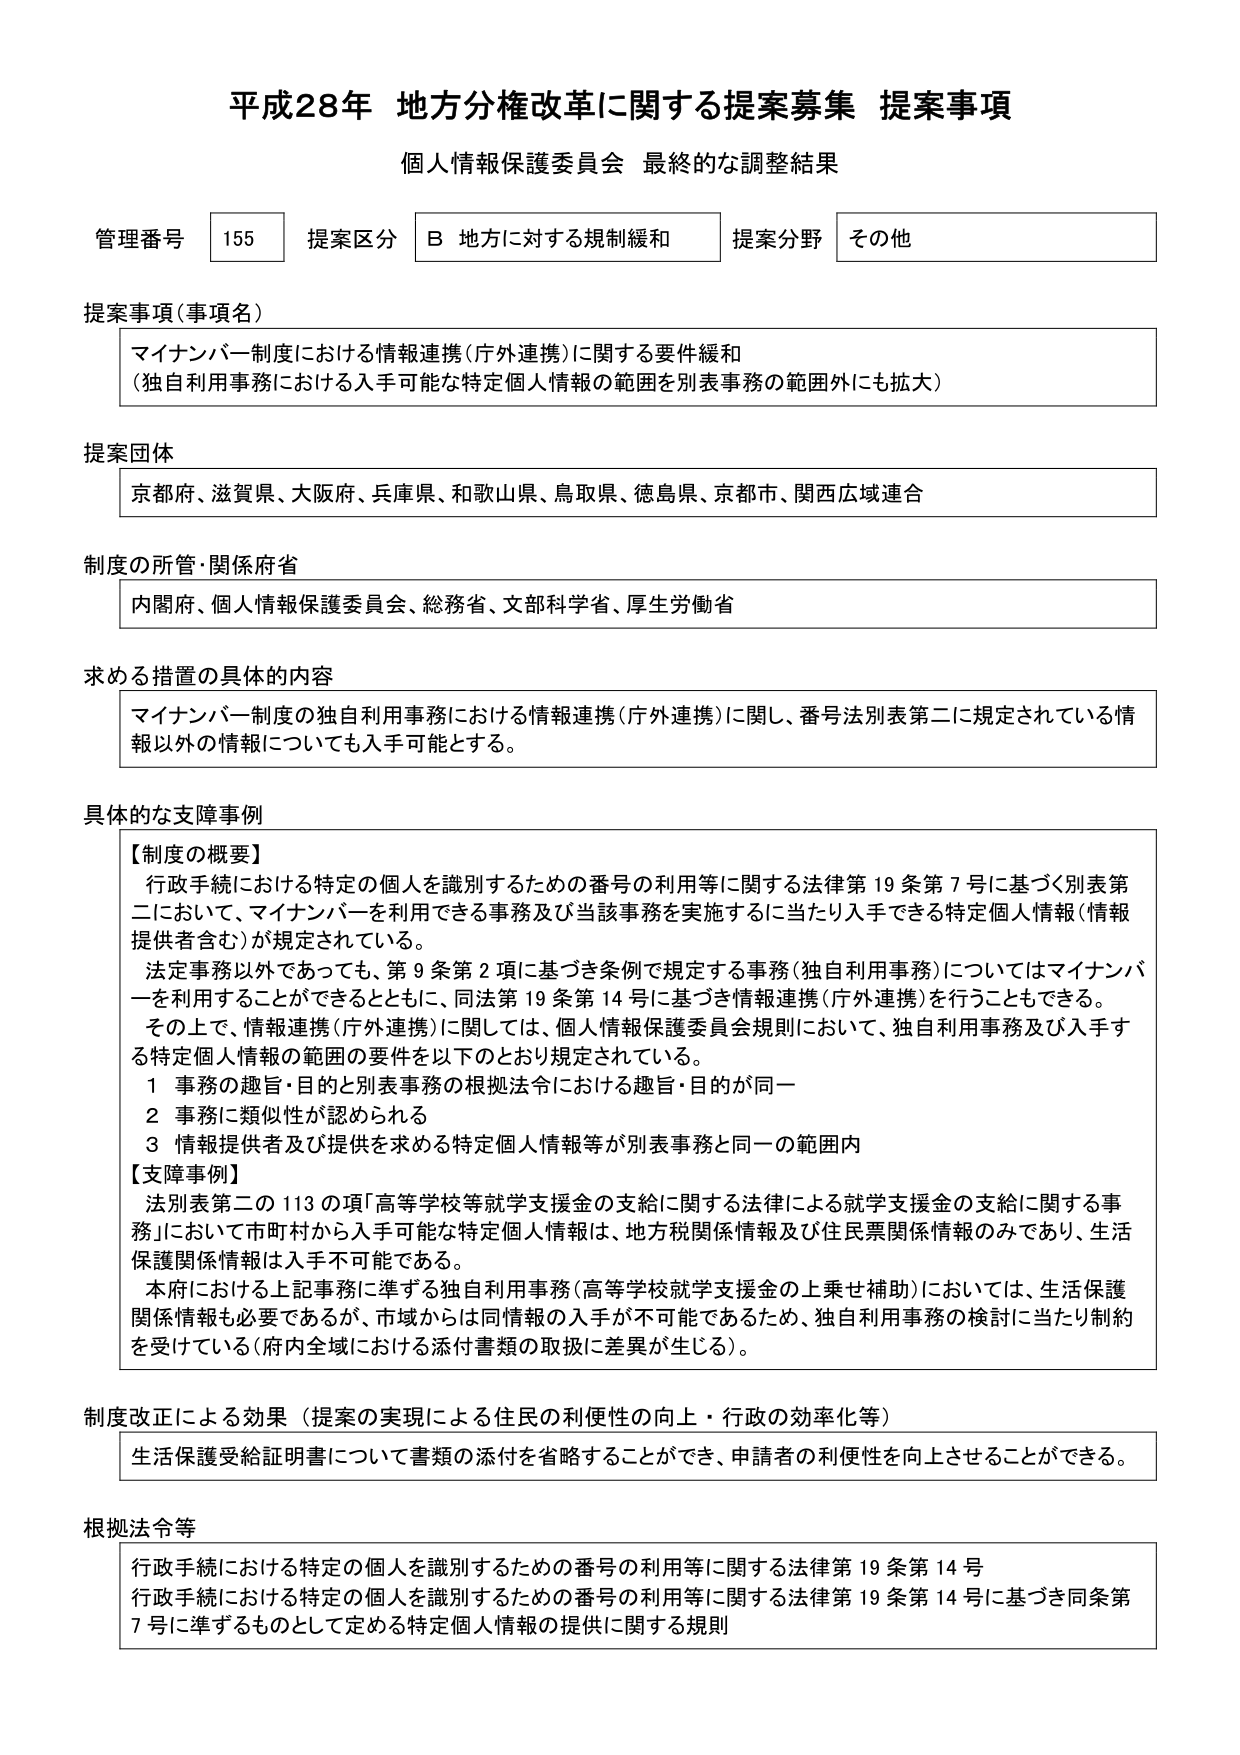
平成28年 地方分権改革に関する提案募集 提案事項
個人情報保護委員会 最終的な調整結果

管理番号 155 提案区分 B 地方に対する規制緩和 提案分野 その他

提案事項（事項名）
マイナンバー制度における情報連携（庁外連携）に関する要件緩和
（独自利用事務における入手可能な特定個人情報の範囲を別表事務の範囲外にも拡大）

提案団体
京都府、滋賀県、大阪府、兵庫県、和歌山県、鳥取県、徳島県、京都市、関西広域連合

制度の所管・関係府省
内閣府、個人情報保護委員会、総務省、文部科学省、厚生労働省

求める措置の具体的内容
マイナンバー制度の独自利用事務における情報連携（庁外連携）に関し、番号法別表第二に規定されている情報以外の情報についても入手可能とする。

具体的な支障事例
【制度の概要】
行政手続における特定の個人を識別するための番号の利用等に関する法律第19条第7号に基づく別表第二において、マイナンバーを利用できる事務及び当該事務を実施するに当たり入手できる特定個人情報（情報提供者含む）が規定されている。
法定事務以外であっても、第9条第2項に基づき条例で規定する事務（独自利用事務）についてはマイナンバーを利用することもできるとともに、同法第19条第14号に基づき情報連携（庁外連携）を行うこともできる。
その上で、情報連携（庁外連携）に関しては、個人情報保護委員会規則において、独自利用事務及び入手する特定個人情報の範囲の要件を以下のとおり規定されている。
1 事務の趣旨・目的と別表事務の根拠法令における趣旨・目的が同一
2 事務に類似性が認められる
3 情報提供者及び提供を求める特定個人情報等が別表事務と同一の範囲内

【支障事例】
法別表第二の113の項「高等学校等就学支援金の支給に関する法律による就学支援金の支給に関する事務」において市町村から入手可能な特定個人情報は、地方税関係情報及び住民票関係情報のみであり、生活保護関係情報は入手不可能である。
本府における上記事務に準ずる独自利用事務（高等学校就学支援金の上乗せ補助）においては、生活保護関係情報も必要であるが、市域からは同情報の入手が不可能であるため、独自利用事務の検討に当たり制約を受けている（府内全域における添付書類の取扱に差異が生じる）。

制度改正による効果（提案の実現による住民の利便性の向上・行政の効率化等）
生活保護受給証明書について書類の添付を省略することができ、申請者の利便性を向上させることができる。

根拠法令等
行政手続における特定の個人を識別するための番号の利用等に関する法律第19条第14号
行政手続における特定の個人を識別するための番号の利用等に関する法律第19条第14号に基づき同条第7号に準ずるものとして定める特定個人情報の提供に関する規則